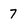
Character: 7